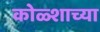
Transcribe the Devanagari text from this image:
कोळ्शाच्या